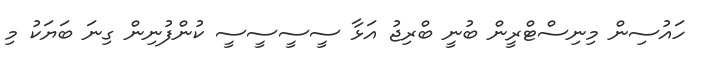
ހައުސިން މިނިސްޓްރީން ބުނީ ބްރިޖު އަޅާ ސީސީސީސީ ކުންފުނިން ގިނަ ބަޔަކު މި